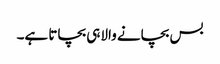
بس بچانے والاہی بچاتا ہے۔